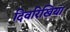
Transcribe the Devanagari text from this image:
दिवरिखिया